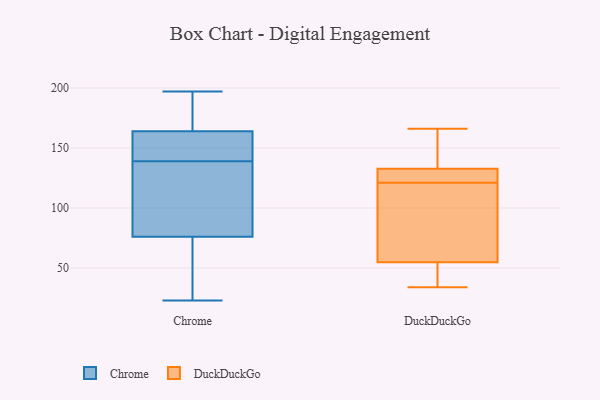
{"axis": {"x": "Population (Million)", "y": "Value"}, "legend": ["Chrome", "DuckDuckGo"], "data": [{"x": "", "y": 164, "type": "Chrome"}, {"x": "", "y": 125, "type": "Chrome"}, {"x": "", "y": 163, "type": "Chrome"}, {"x": "", "y": 76, "type": "Chrome"}, {"x": "", "y": 185, "type": "Chrome"}, {"x": "", "y": 52, "type": "Chrome"}, {"x": "", "y": 140, "type": "Chrome"}, {"x": "", "y": 23, "type": "Chrome"}, {"x": "", "y": 196, "type": "Chrome"}, {"x": "", "y": 137, "type": "Chrome"}, {"x": "", "y": 138, "type": "Chrome"}, {"x": "", "y": 148, "type": "Chrome"}, {"x": "", "y": 117, "type": "Chrome"}, {"x": "", "y": 49, "type": "Chrome"}, {"x": "", "y": 164, "type": "Chrome"}, {"x": "", "y": 168, "type": "Chrome"}, {"x": "", "y": 197, "type": "Chrome"}, {"x": "", "y": 38, "type": "Chrome"}, {"x": "", "y": 137, "type": "DuckDuckGo"}, {"x": "", "y": 121, "type": "DuckDuckGo"}, {"x": "", "y": 132, "type": "DuckDuckGo"}, {"x": "", "y": 133, "type": "DuckDuckGo"}, {"x": "", "y": 53, "type": "DuckDuckGo"}, {"x": "", "y": 57, "type": "DuckDuckGo"}, {"x": "", "y": 54, "type": "DuckDuckGo"}, {"x": "", "y": 34, "type": "DuckDuckGo"}, {"x": "", "y": 82, "type": "DuckDuckGo"}, {"x": "", "y": 122, "type": "DuckDuckGo"}, {"x": "", "y": 166, "type": "DuckDuckGo"}]}